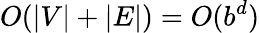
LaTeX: O(|V|+|E|)=O(b^{d})